Report of the Imperial Institute of Veterinary Research, Muktesar
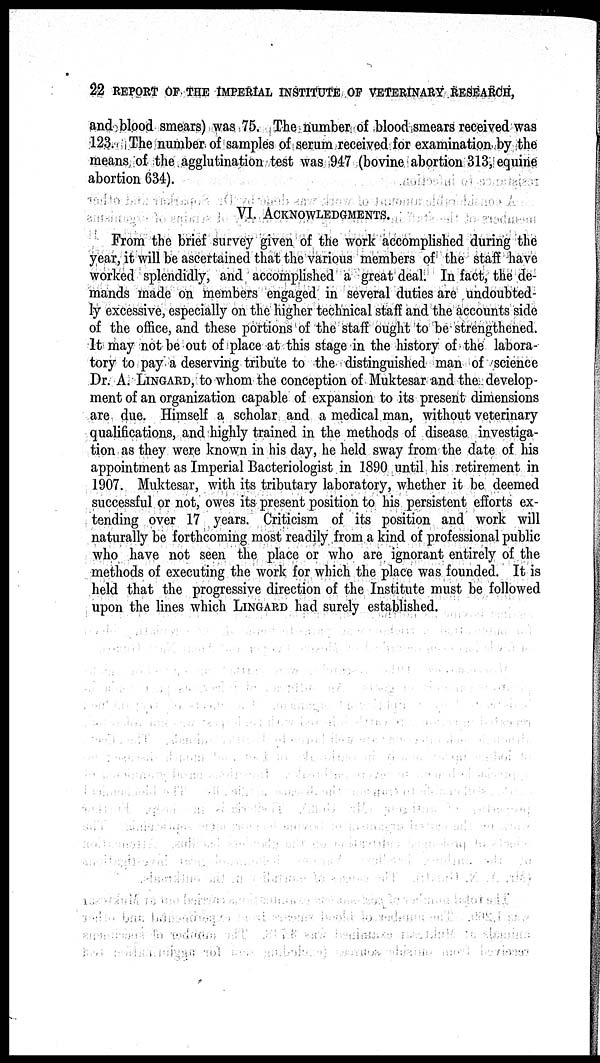
22 REPORT OF THE IMPERIAL INSTITUTE OF VETERINARY RESEARCH,
and blood smears) was 75. The number of blood smears received was
123. The number of samples of serum received for examination by the
means of the agglutination test was 947 (bovine abortion 313, equine
abortion 634).
VI. ACKNOWLEDGMENTS.
From the brief survey given of the work accomplished during the
year, it will be ascertained that the various members of the staff have
worked splendidly, and accomplished a great deal. In fact, the de-
mands made on members engaged in several duties are undoubted-
ly excessive, especially on the higher technical staff and the accounts side
of the office, and these portions of the staff ought to be strengthened.
It may not be out of place at this stage in the history of the labora-
tory to pay a deserving tribute to the distinguished man of science
Dr. A. LINGARD, to whom the conception of Muktesar and the develop-
ment of an organization capable of expansion to its present dimensions
are due. Himself a scholar and a medical man, without veterinary
qualifications, and highly trained in the methods of disease investiga-
tion as they were known in his day, he held sway from the date of his
appointment as Imperial Bacteriologist in 1890 until his retirement in
1907. Muktesar, with its tributary laboratory, whether it be deemed
successful or not, owes its present position to his persistent efforts ex-
tending over 17 years. Criticism of its position and work will
naturally be forthcoming most readily from a kind of professional public
who have not seen the place or who are ignorant entirely of the
methods of executing the work for which the place was founded. It is
held that the progressive direction of the Institute must be followed
upon the lines which LINGARD had surely established.